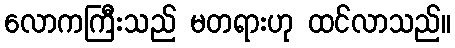
လောကကြီးသည် မတရားဟု ထင်လာသည်။